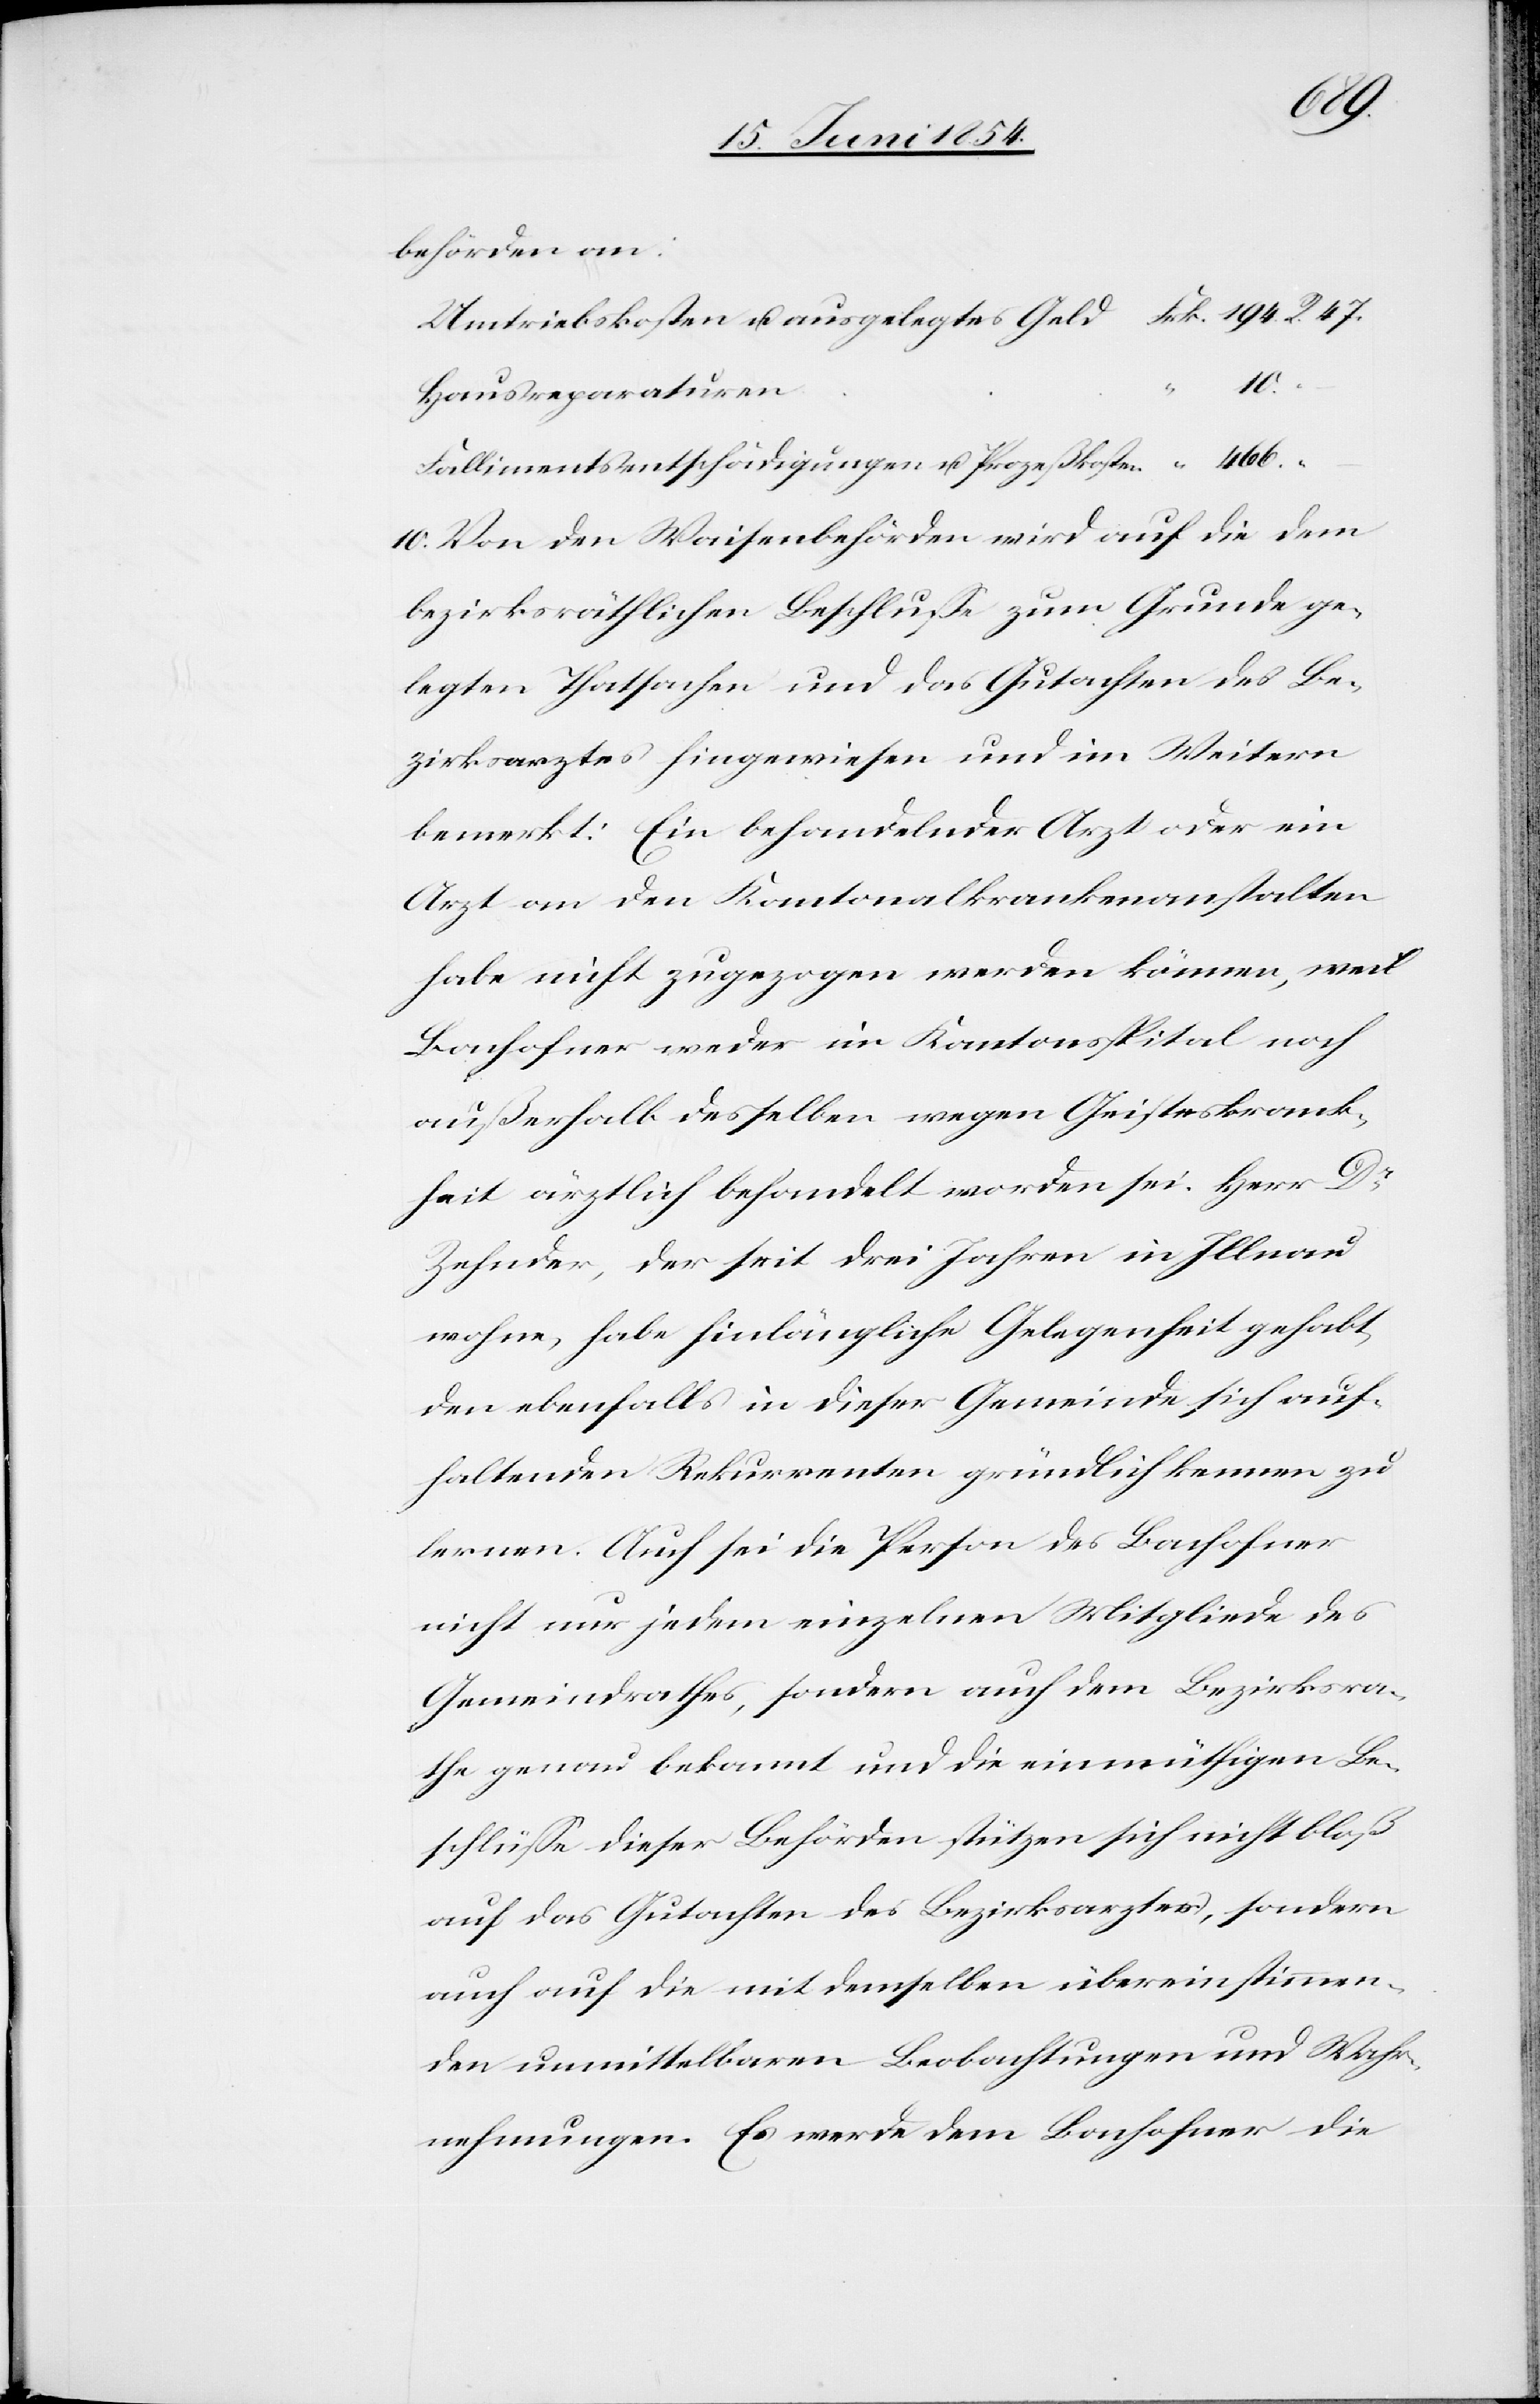
10.
behörden an:
Umtriebskosten u. ausgelegtes Geld
47.
Hausreparaturen
Fallimentsentschädigungen u. Prozeßkosten
10. Von den Waisenbehörden wird auf die dem
bezirksräthlichen Beschluße zum Grunde ge¬
legten Thatsachen und das Gutachten des Be¬
zirksarztes hingewiesen und im Weitern
bemerkt: Ein behandelnder Arzt oder ein
Arzt an den Kantonalkrankenanstalten
habe nicht zugezogen werden können, weil
Bachofner weder im Kantonsspital noch
außerhalb desselben wegen Geisteskrank¬
heit ärztlich behandelt worden sei. Herr Dr
Zehnder, der seit drei Jahren in Illnau
wohne, habe hinlänglich Gelegenheit gehabt,
den ebenfalls in dieser Gemeinde sich auf¬
haltenden Rekurrenten gründlich kennen zu
lernen. Auch sei die Person des Bachofner
nicht nur jedem einzelnen Mitglieder des
Gemeindrathes, sondern auch dem Bezirksra¬
thes genau bekannt und die einmüthigen Be¬
schlüße dieser Behörden stützen sich nicht bloß
auf das Gutachten des Bezirksarztes, sondern
auch auf die mit demselben übereinstimmen¬
den unmittelbaren Beobachtungen und Wahr¬
nehmungen. Es werde dem Bachofner die